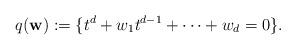
LaTeX: \begin{align*}q(\mathbf w):= \{ t^d+w_1t^{d-1}+\dots+w_d=0\}.\end{align*}